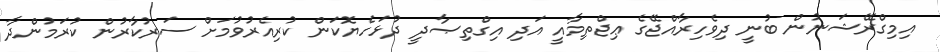
އިމިގްރޭޝަނުން ބުނީ ދިވެހިރާއްޖޭގެ ޢިޖްތިމާއީ އަދި އިގްތިޞާދީ ދުޅަހެޔޮކަން ކުރިއެރުވުމަށް ސަރުކާރުން ކުރަމުންދާ